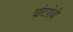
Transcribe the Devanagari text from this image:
चोटरोधी